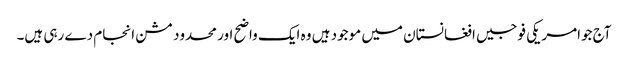
آج جوامریکی فوجیں افغانستان میں موجود ہیں وہ ایک واضح اور محدود مشن انجام دے رہی ہیں۔